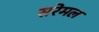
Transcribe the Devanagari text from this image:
सरेमल